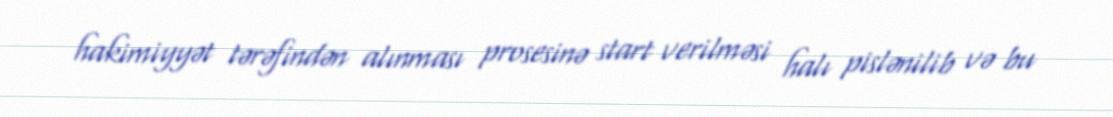
hakimiyyət tərəfindən alınması prosesinə start verilməsi halı pislənilib və bu